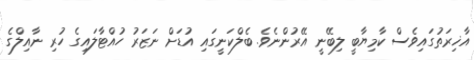
އާޚިރަތުގައިވެސް ކާމިޔާބީ ލިބޭނީ އޭރުންނެވެ. ބެލްކަނީގައި އުޑަށް ނަޒަރު ހުއްޓާލައިގެ ހުރި ނާއިލްގެ